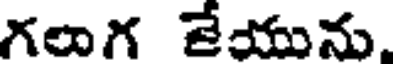
గలాగ జేయును.